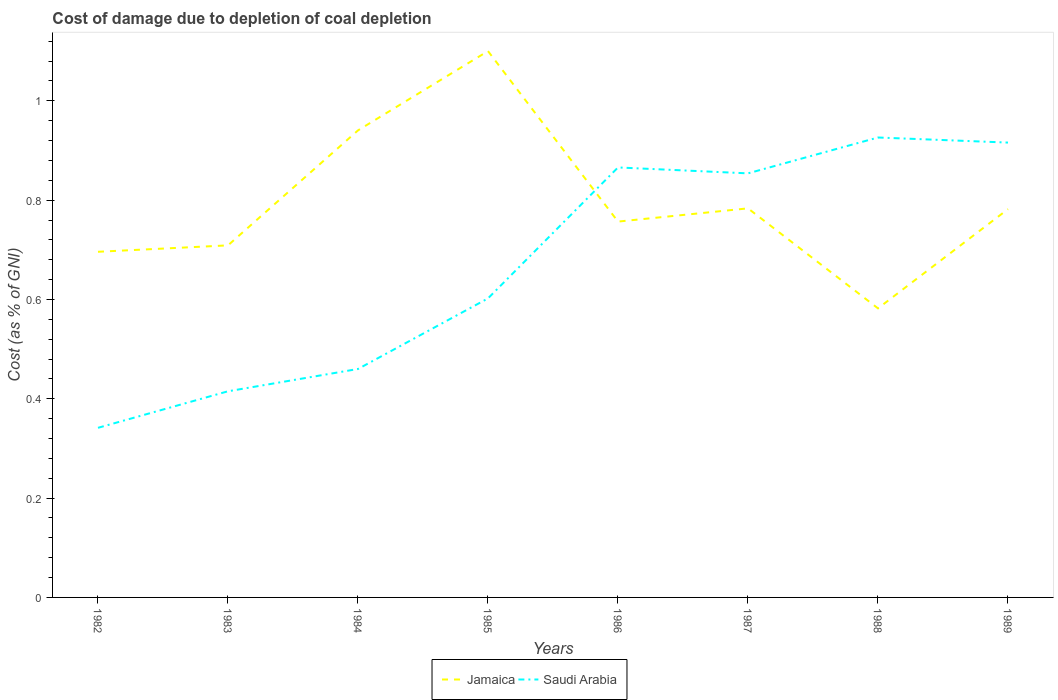
| Years | Jamaica | Saudi Arabia |
 | --- | --- | --- |
 | 1982 | 0.696 | 0.342 |
 | 1983 | 0.709 | 0.415 |
 | 1984 | 0.941 | 0.46 |
 | 1985 | 1.1 | 0.602 |
 | 1986 | 0.757 | 0.866 |
 | 1987 | 0.783 | 0.854 |
 | 1988 | 0.582 | 0.926 |
 | 1989 | 0.782 | 0.916 |